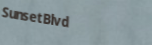
SunsetBlvd